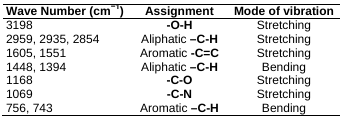
| Wave Number (cm−1) | Assignment | Mode of vibration |
 | --- | --- | --- |
 | 3198 | -O-H | Stretching |
 | 2959, 2935, 2854 | Aliphatic –C-H | Stretching |
 | 1605, 1551 | Aromatic -C=C | Stretching |
 | 1448, 1394 | Aliphatic –C-H | Bending |
 | 1168 | -C-O | Stretching |
 | 1069 | -C-N | Stretching |
 | 756, 743 | Aromatic –C-H | Bending |